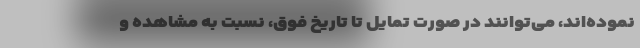
نموده‌اند، می‌توانند در صورت تمایل تا تاریخ فوق، نسبت به مشاهده و